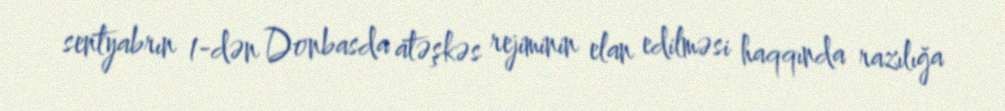
sentyabrın 1-dən Donbasda atəşkəs rejiminin elan edilməsi haqqında razılığa